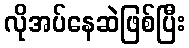
လိုအပ်နေဆဲဖြစ်ပြီး